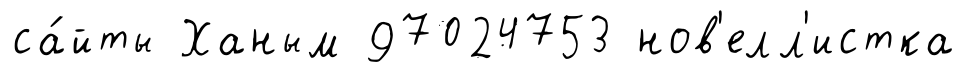
са́йты Ханым 97024753 нов'елл'истка